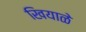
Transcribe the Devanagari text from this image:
खियाळे